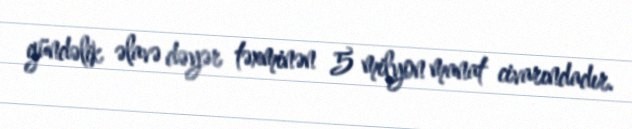
gündəlik əlavə dəyər təxminən 5 milyon manat civarındadır.